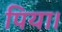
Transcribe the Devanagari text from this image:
पिया।